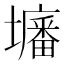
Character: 𡒷